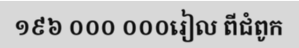
១៩៦ ០០០ ០០០រៀល ពីជំពូក